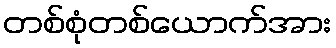
တစ်စုံတစ်ယောက်အား